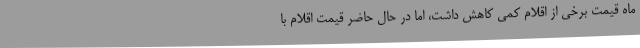
ماه قیمت برخی از اقلام کمی کاهش داشت، اما در حال حاضر قیمت اقلام با